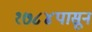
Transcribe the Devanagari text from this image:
१७८४पासून